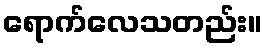
ရောက်လေသတည်း။